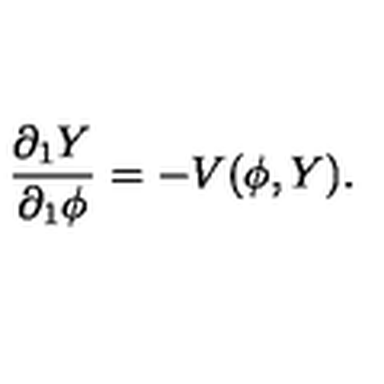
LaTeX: \frac { \partial _ { 1 } Y } { \partial _ { 1 } \phi } = - V ( \phi , Y ) .